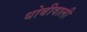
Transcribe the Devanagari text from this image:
धोबीवाली